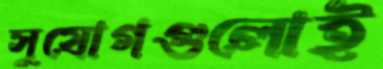
সুযোগগুলোই